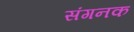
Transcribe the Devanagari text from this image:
संगनक